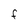
Character: f